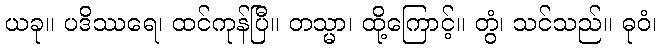
ယခု။ ပဒိဿရေ၊ ထင်ကုန်ပြီ။ တသ္မာ၊ ထို့ကြောင့်။ တွံ၊ သင်သည်။ ဓုဝံ၊